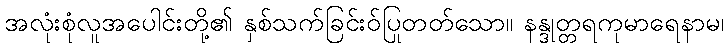
အလုံးစုံလူအပေါင်းတို့၏ နှစ်သက်ခြင်းဝ်ပြုတတ်သော။ နန္ဒုတ္တရကုမာရေနာမ၊